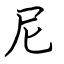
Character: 尼